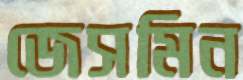
জেসমিন